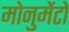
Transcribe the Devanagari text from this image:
मोनुमेंटो